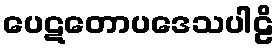
ပေဋတောပဒေသပါဠိ